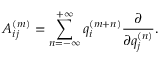
A _ { i j } ^ { ( m ) } = \sum _ { n = - \infty } ^ { + \infty } q _ { i } ^ { ( m + n ) } \frac { \partial } { \partial { q _ { j } ^ { ( n ) } } } .